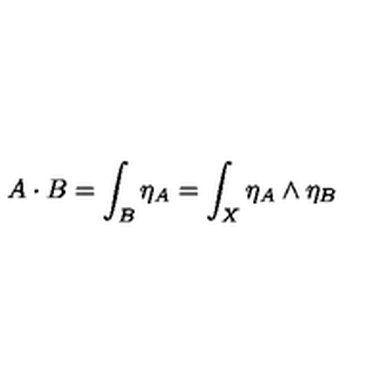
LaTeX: A \cdot B = \int _ { B } \eta _ { A } = \int _ { X } \eta _ { A } \wedge \eta _ { B }